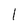
Character: 1